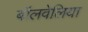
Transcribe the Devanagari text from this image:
बॉलवेलिया